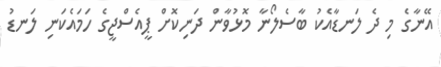
އޭނާގެ މި ދެ ލަނޑާއެކު ބާސެލޯނާ މޮޅުވާން ދަނިކޮށް ޕީއެސްޖީގެ ހަމައެކަނި ލަނޑު